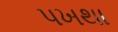
પખથા